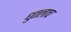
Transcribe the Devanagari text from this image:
धुतलाच